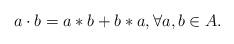
LaTeX: \begin{align*} a \cdot b = a \ast b + b \ast a, \forall a, b \in A. \end{align*}